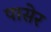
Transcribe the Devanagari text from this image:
पासेर